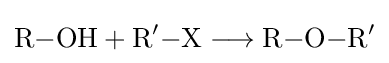
{\mathrm {R} {-}\mathrm {OH} {}+{}\mathrm {R} {\vphantom {A}}^{\prime }{-}\mathrm {X} {}\mathrel {\longrightarrow } {}\mathrm {R} {-}\mathrm {O} {-}\mathrm {R} {\vphantom {A}}^{\prime }}